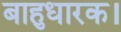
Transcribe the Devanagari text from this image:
बाहुधारक।